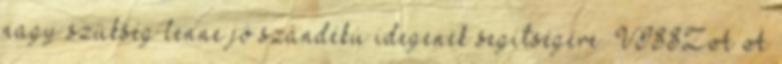
nagy szükség lenne jó szándékú idegenek segítségére. VISSZA A